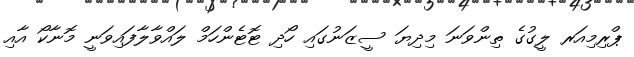
ޕްރިމިއަރ ލީގުގެ ތިންވަނަ މިދިޔަ ސީޒަނުގައި ހޯދި ޓޮޓެންހަމް ލައްވާލާފައިވަނީ މޮނާކޯ އާއި